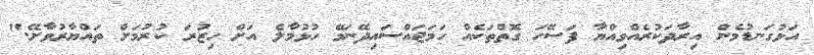
އަޅުގަނޑުމެން އިރާދަކުރެއްވިއްޔާ ފަސޭހަ ގޮތްތަކެއް ހަމަޖައްސައިދޭނަމޭ ހުޅުމާލެ އަށް ހިޒުރަ ކުރުމަށް ތައްޔާރުވާށޭ."